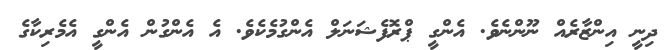
ދިނީ އިންޒާރެއް ނޫންނެވެ. އެންގީ ޕްރޮފެޝަނަލް އެންގުމެކެވެ. އެ އެންގުން އެންގީ އެމެރިކާގެ